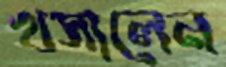
খসালেন